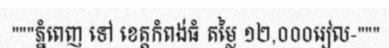
"""ភ្នំពេញ ទៅ ខេត្តកំពង់ធំ តម្លៃ ១២,០០០រៀល-"""